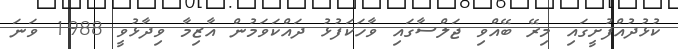
ކުޅުދުއްފުށީގައި މިރޭ ބޭއްވި ޖަލްސާގައި ވާހަކަފުޅު ދައްކަވަމުން އާޒިމާ ވިދާޅުވީ 1988 ވަނަ